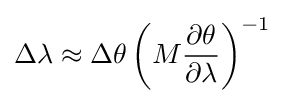
\Delta \lambda \approx \Delta \theta \left(M{\partial \theta  \over \partial \lambda }\right)^{-1}